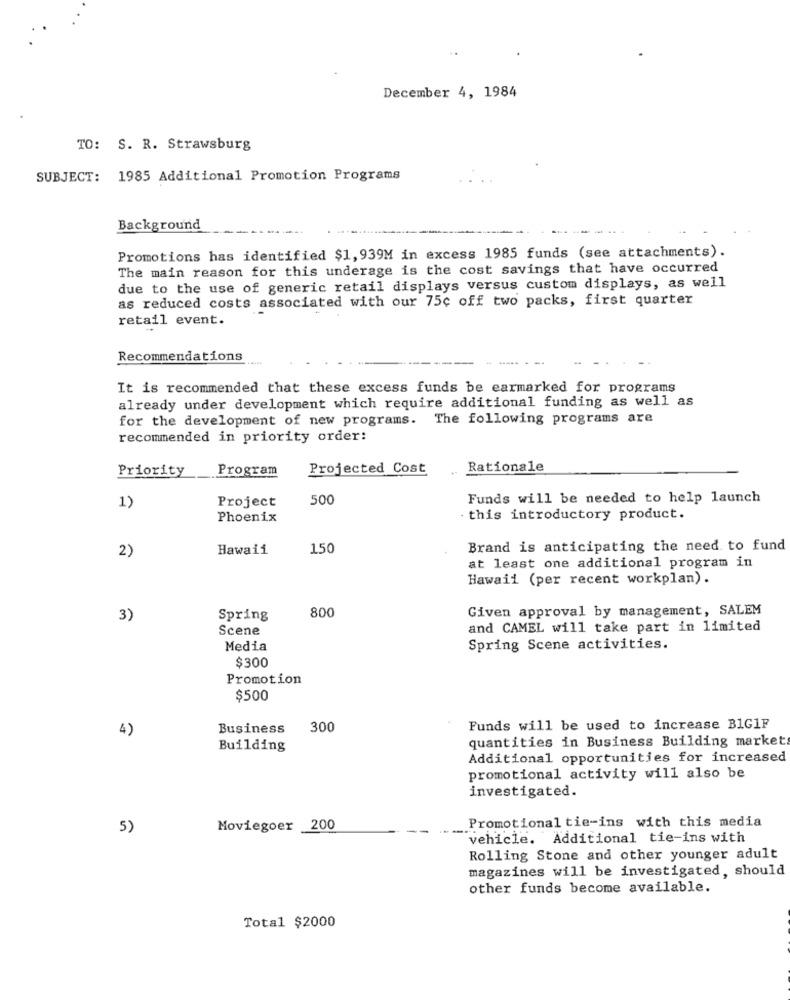
December 4, 1984
TO: S. R. Strawsburg
SUBJECT: 1985 Additional Promotion Programs
Background
Promotions has identified $1, 939M in excess 1985 funds (see attachments).
The main reason for this underage is the cost savings that have occurred
due to the use of generic retail displays versus custom displays, as well
as reduced costs associated with our 75c off two packs, first quarter
retail event.
Recommendations
It is recommended that these excess funds be earmarked for programs
already under development which require additional funding as well as
for the development of new programs. The following programs are
recommended in priority order:
Priority
Program
Projected Cost
Rationale
500
Funds will be needed to help launch
1)
Project
Phoenix
. this introductory product.
Hawaii
150
Brand is anticipating the need to fund
2)
at least one additional program in
Hawaii (per recent workplan).
800
Given approval by management, SALEM
3)
Spring
Scene
and CAMEL will take part in limited
Media
Spring Scene activities.
$300
Promotion
$500
4)
Business
300
Funds will be used to increase B1G1F
quantities in Business Building market
Building
Additional opportunities for increased
promotional activity will also be
investigated.
5)
Moviegoer 200
Promotional tie-ins with this media
vehicle. Additional tie-ins with
Rolling Stone and other younger adult
magazines will be investigated, should
other funds become available.
Total $2000